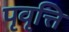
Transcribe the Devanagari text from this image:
पृवृत्ति